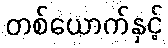
တစ်ယောက်နှင့်